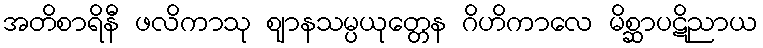
အတိစာရိနီ ဖလိကာသု ဈာနသမ္ပယုတ္တေန ဂိဟိကာလေ မိစ္ဆာပဋိညာယ